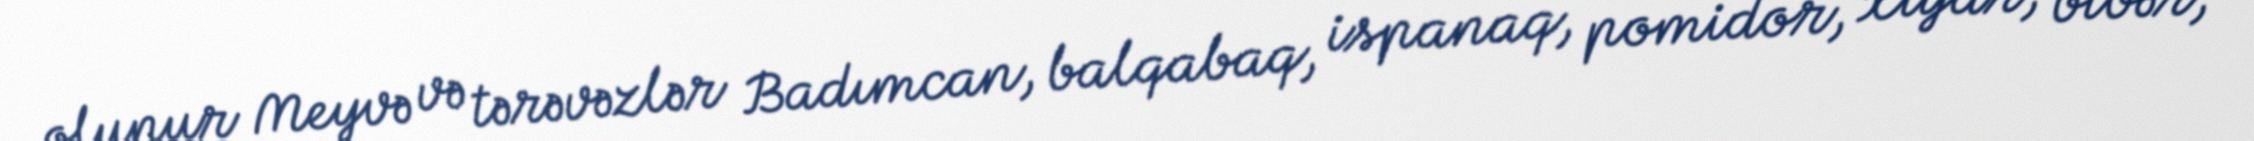
olunur Meyvə və tərəvəzlər Badımcan, balqabaq, ispanaq, pomidor, xiyar, bibər,